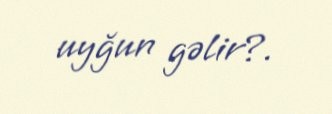
uyğun gəlir?.